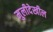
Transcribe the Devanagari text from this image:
मुलीदेखील